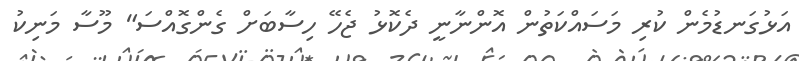
އަޅުގަނޑުމެން ކުރި މަސައްކަތުން އޮންނާނީ ދެކޮޅު ޖެހޭ ހިސާބަށް ގެންގޮއްސަ" މޫސާ މަނިކު